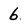
Character: 6